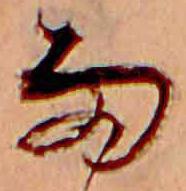
雨